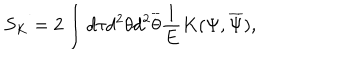
LaTeX: S _ { K } = 2 \int d \tau d ^ { 2 } \theta d ^ { 2 } \overline { { { \theta } } } \frac { 1 } { E } K ( \Psi , \overline { { { \Psi } } } ) ,